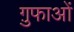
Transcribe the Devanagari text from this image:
ग़ुफाओं